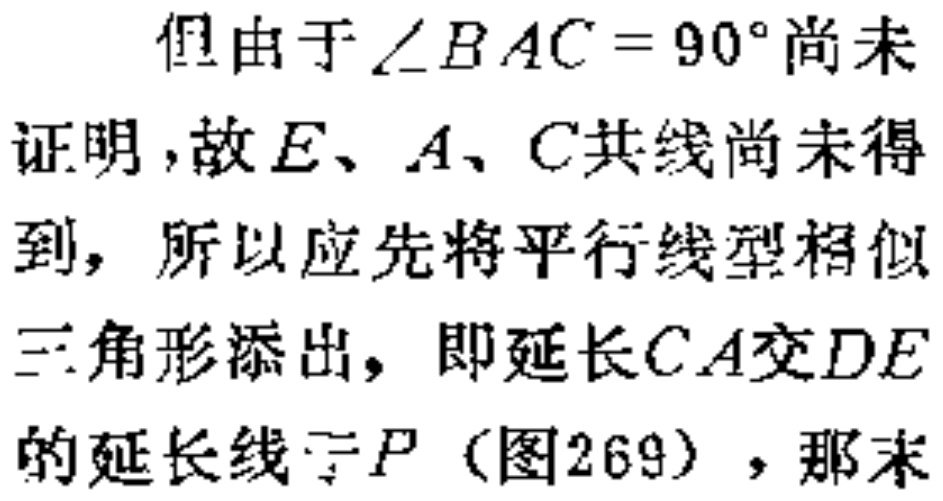
但由于\(\angle BAC = 90^{\circ}\)尚未
证明，故\(E、A、C\)共线尚未得
到，所以应先将平行线型相似
三角形添出，即延长\(CA\)交\(DE\)
的延长线于\(P\)（图269），那末